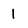
Character: 1